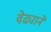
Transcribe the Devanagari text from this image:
वेढ्याने